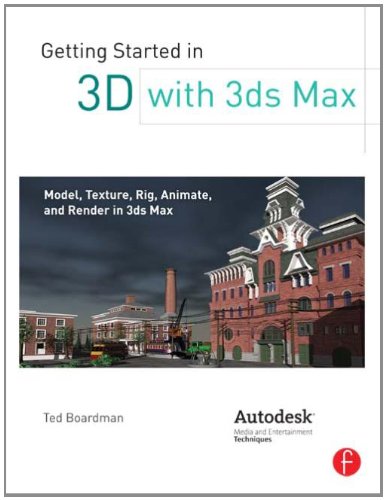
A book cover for Getting Started in 3D with 3ds Max: Model, Texture, Rig, Animate, and Render in 3ds Max; Ted Boardman; Computers & Technology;